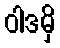
ဝါဒမှိ